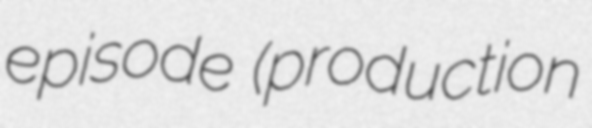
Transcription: episode (production